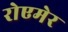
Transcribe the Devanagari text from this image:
रोएमेर